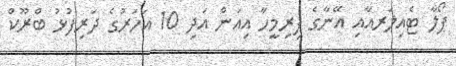
ޕޯލާ ޓެއިލަރއާއި އޭނާގެ ފިރިމީހާ އިއަން އަދި 10 އަހަރުގެ ދަރިފުޅު ބްރޫކް